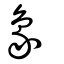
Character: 𤊱